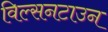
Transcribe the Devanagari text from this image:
विल्सनटाउन